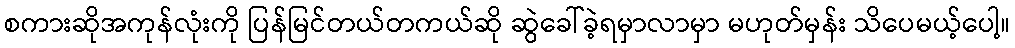
စကားဆိုအကုန်လုံးကို ပြန်မြင်တယ်တကယ်ဆို ဆွဲခေါ်ခဲ့ရမှာလာမှာ မဟုတ်မှန်း သိပေမယ့်ပေါ့။